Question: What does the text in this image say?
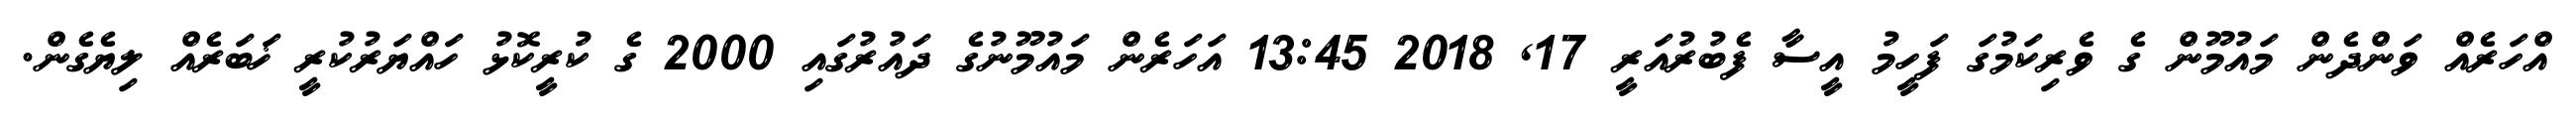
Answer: އްހަރެއް ވަންދެން މައުމޫން ގެ ވެރިކަމުގަ ފަހީމު އީސާ ފެބުރުއަރީ 17, 2018 13:45 އަހަރެން މައުމޫނުގެ ދައުރުގައި 2000 ގެ ކުރީކޮޅު ހައްޔަރުކުރީ ޚަބަރެއް ލިޔެގެން.